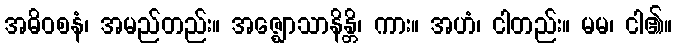
အဓိဝစနံ၊ အမည်တည်း။ အဇ္ဈောသာနိန္တိ၊ ကား။ အဟံ၊ ငါတည်း။ မမ၊ ငါ၏။